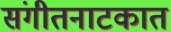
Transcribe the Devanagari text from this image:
संगीतनाटकात